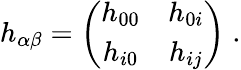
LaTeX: h_{\alpha\beta}=\left(\begin{array}{cc}{{h_{00}}}&{{h_{0i}}}\\ {{h_{i0}}}&{{h_{ij}}}\end{array}\right)\; .